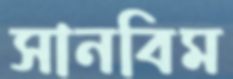
সানবিম